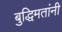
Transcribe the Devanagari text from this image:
बुद्धिमतांनी